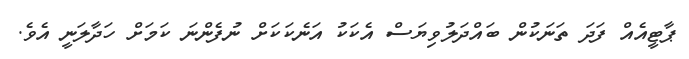
ޕާޓީއެއް ފަދަ ތަނަަކުން ބައްދަލުވިޔަސް އެކަކު އަނެކަކަށް ނުފެންނަ ކަމަށް ހަދާލަނީ އެވެ.